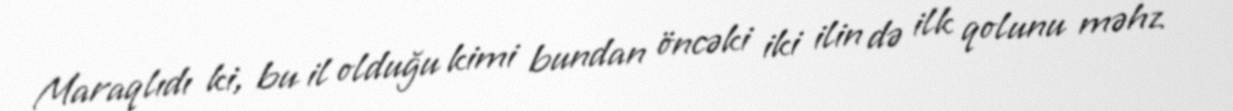
Maraqlıdı ki, bu il olduğu kimi bundan öncəki iki ilin də ilk qolunu məhz